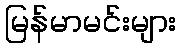
မြန်မာမင်းများ